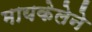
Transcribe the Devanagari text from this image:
मायकेलेने